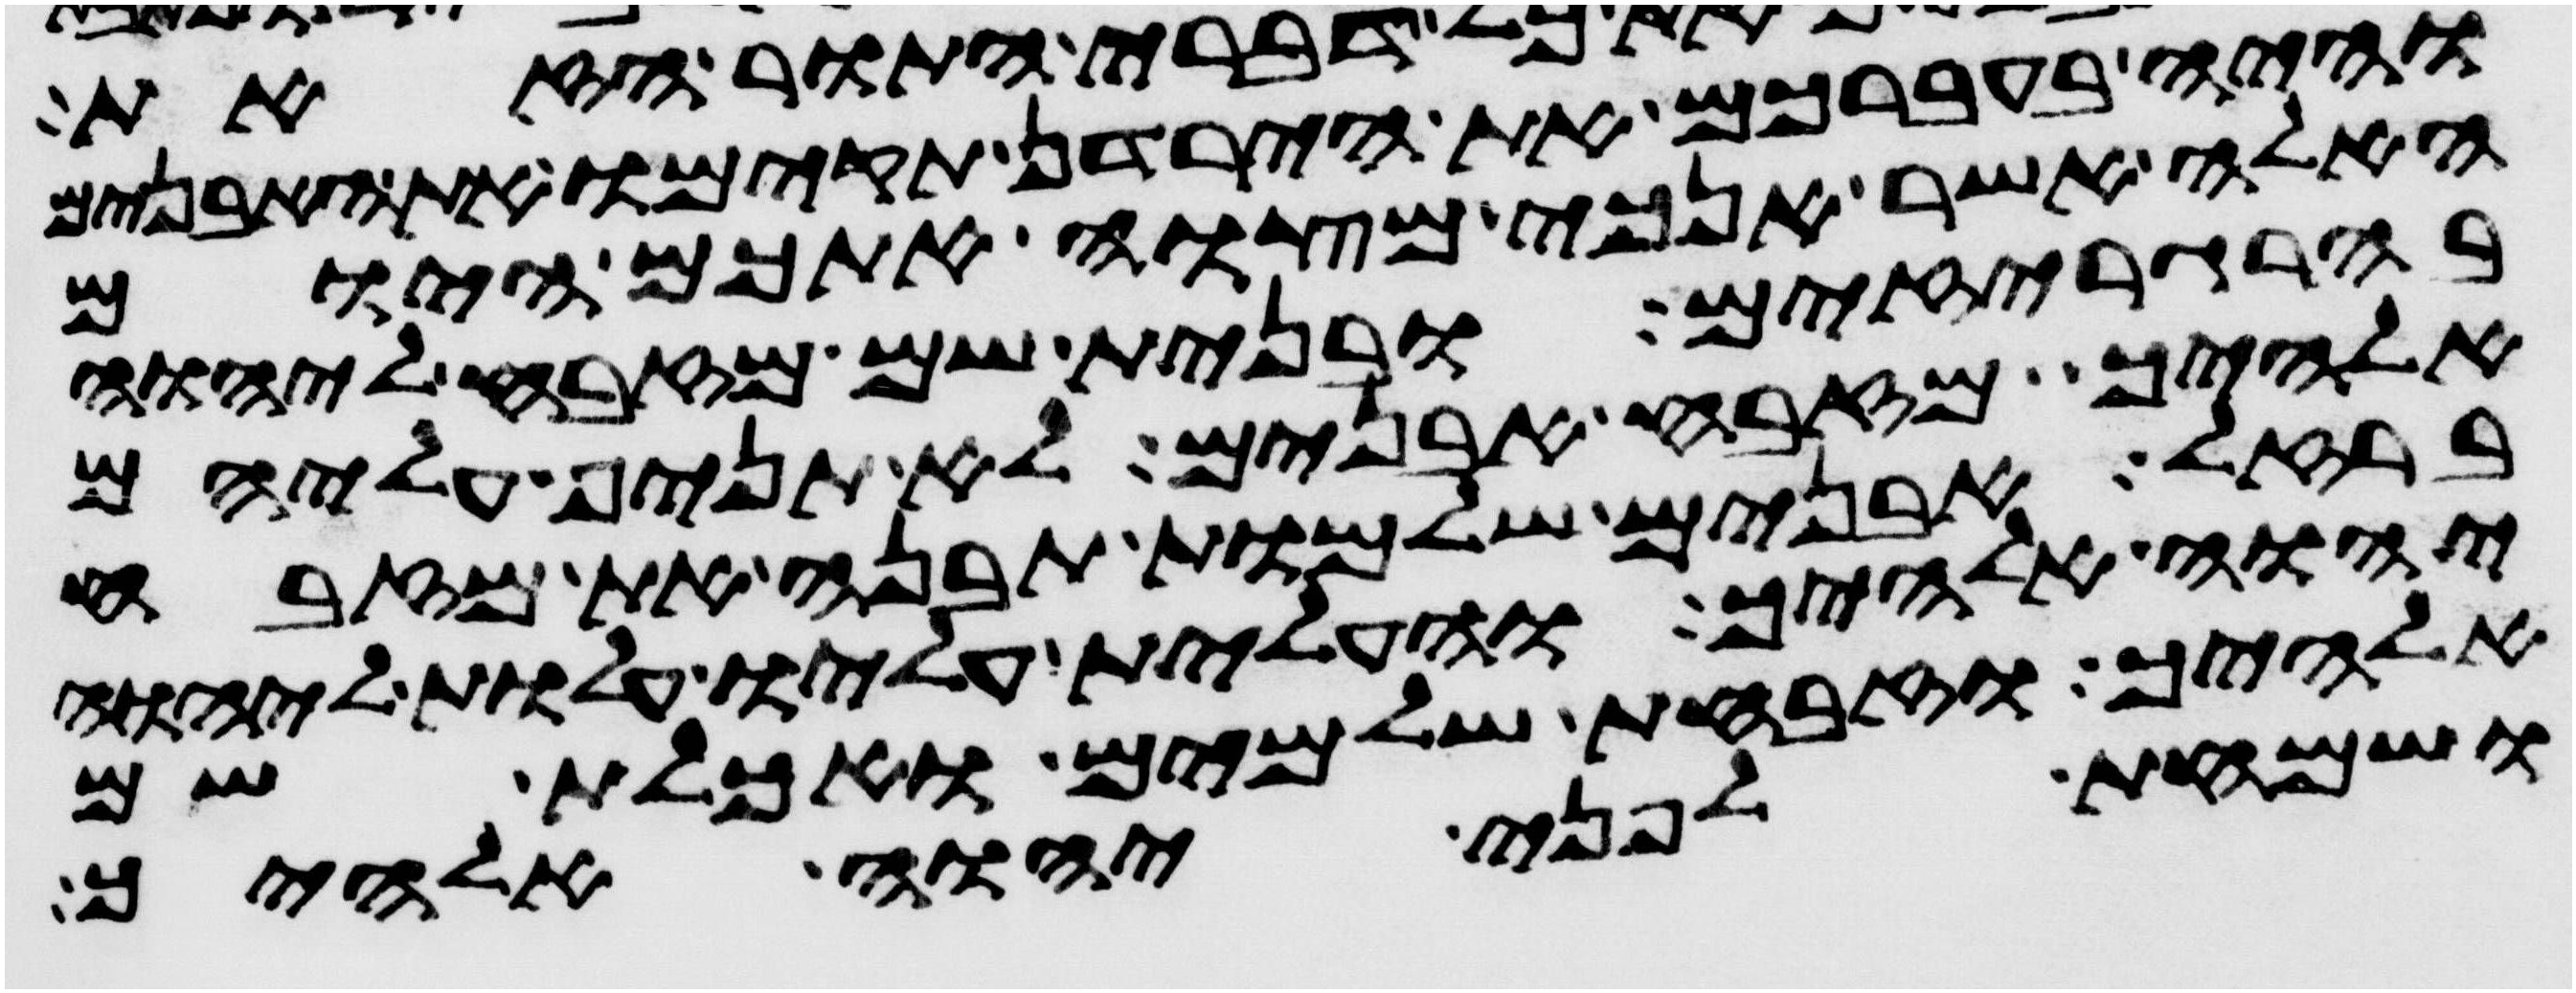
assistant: והיה בעברכם את הירדן תקימו את האבנים
האלה אשר אנכי מצוה אתכם היום
בהרגריזים ובנית שם מזבח ליהוה
אלהיך מזבח אבנים לא תניף עליהם
ברזל אבנים שלמות תבנה את מזבח
יהוה אלהיך והעלית עליו עלות ליהוה
אלהיך וזבחת שלמים ואכלת שם
ושמחת לפני יהוה אלהיך